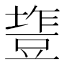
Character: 𰊰